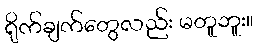
ရိုက်ချက်တွေလည်း မတူဘူး။